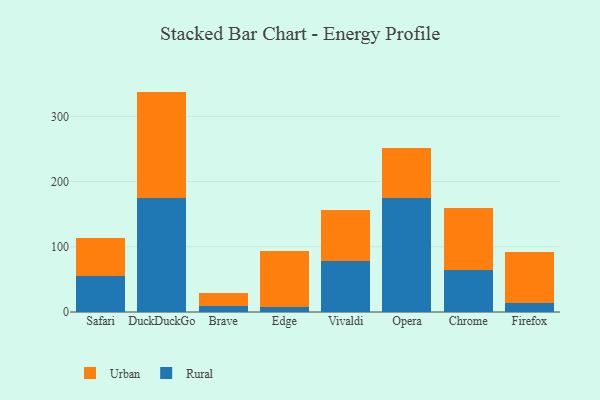
{"axis": {"x": "Browser", "y": "Demand Index"}, "legend": ["Rural", "Urban"], "data": [{"x": "Safari", "y": 55.2, "type": "Rural"}, {"x": "Safari", "y": 58.0, "type": "Urban"}, {"x": "DuckDuckGo", "y": 174.8, "type": "Rural"}, {"x": "DuckDuckGo", "y": 163.2, "type": "Urban"}, {"x": "Brave", "y": 9.7, "type": "Rural"}, {"x": "Brave", "y": 19.7, "type": "Urban"}, {"x": "Edge", "y": 7.8, "type": "Rural"}, {"x": "Edge", "y": 86.2, "type": "Urban"}, {"x": "Vivaldi", "y": 78.6, "type": "Rural"}, {"x": "Vivaldi", "y": 78.4, "type": "Urban"}, {"x": "Opera", "y": 175.0, "type": "Rural"}, {"x": "Opera", "y": 75.8, "type": "Urban"}, {"x": "Chrome", "y": 63.8, "type": "Rural"}, {"x": "Chrome", "y": 95.4, "type": "Urban"}, {"x": "Firefox", "y": 14.0, "type": "Rural"}, {"x": "Firefox", "y": 77.5, "type": "Urban"}]}